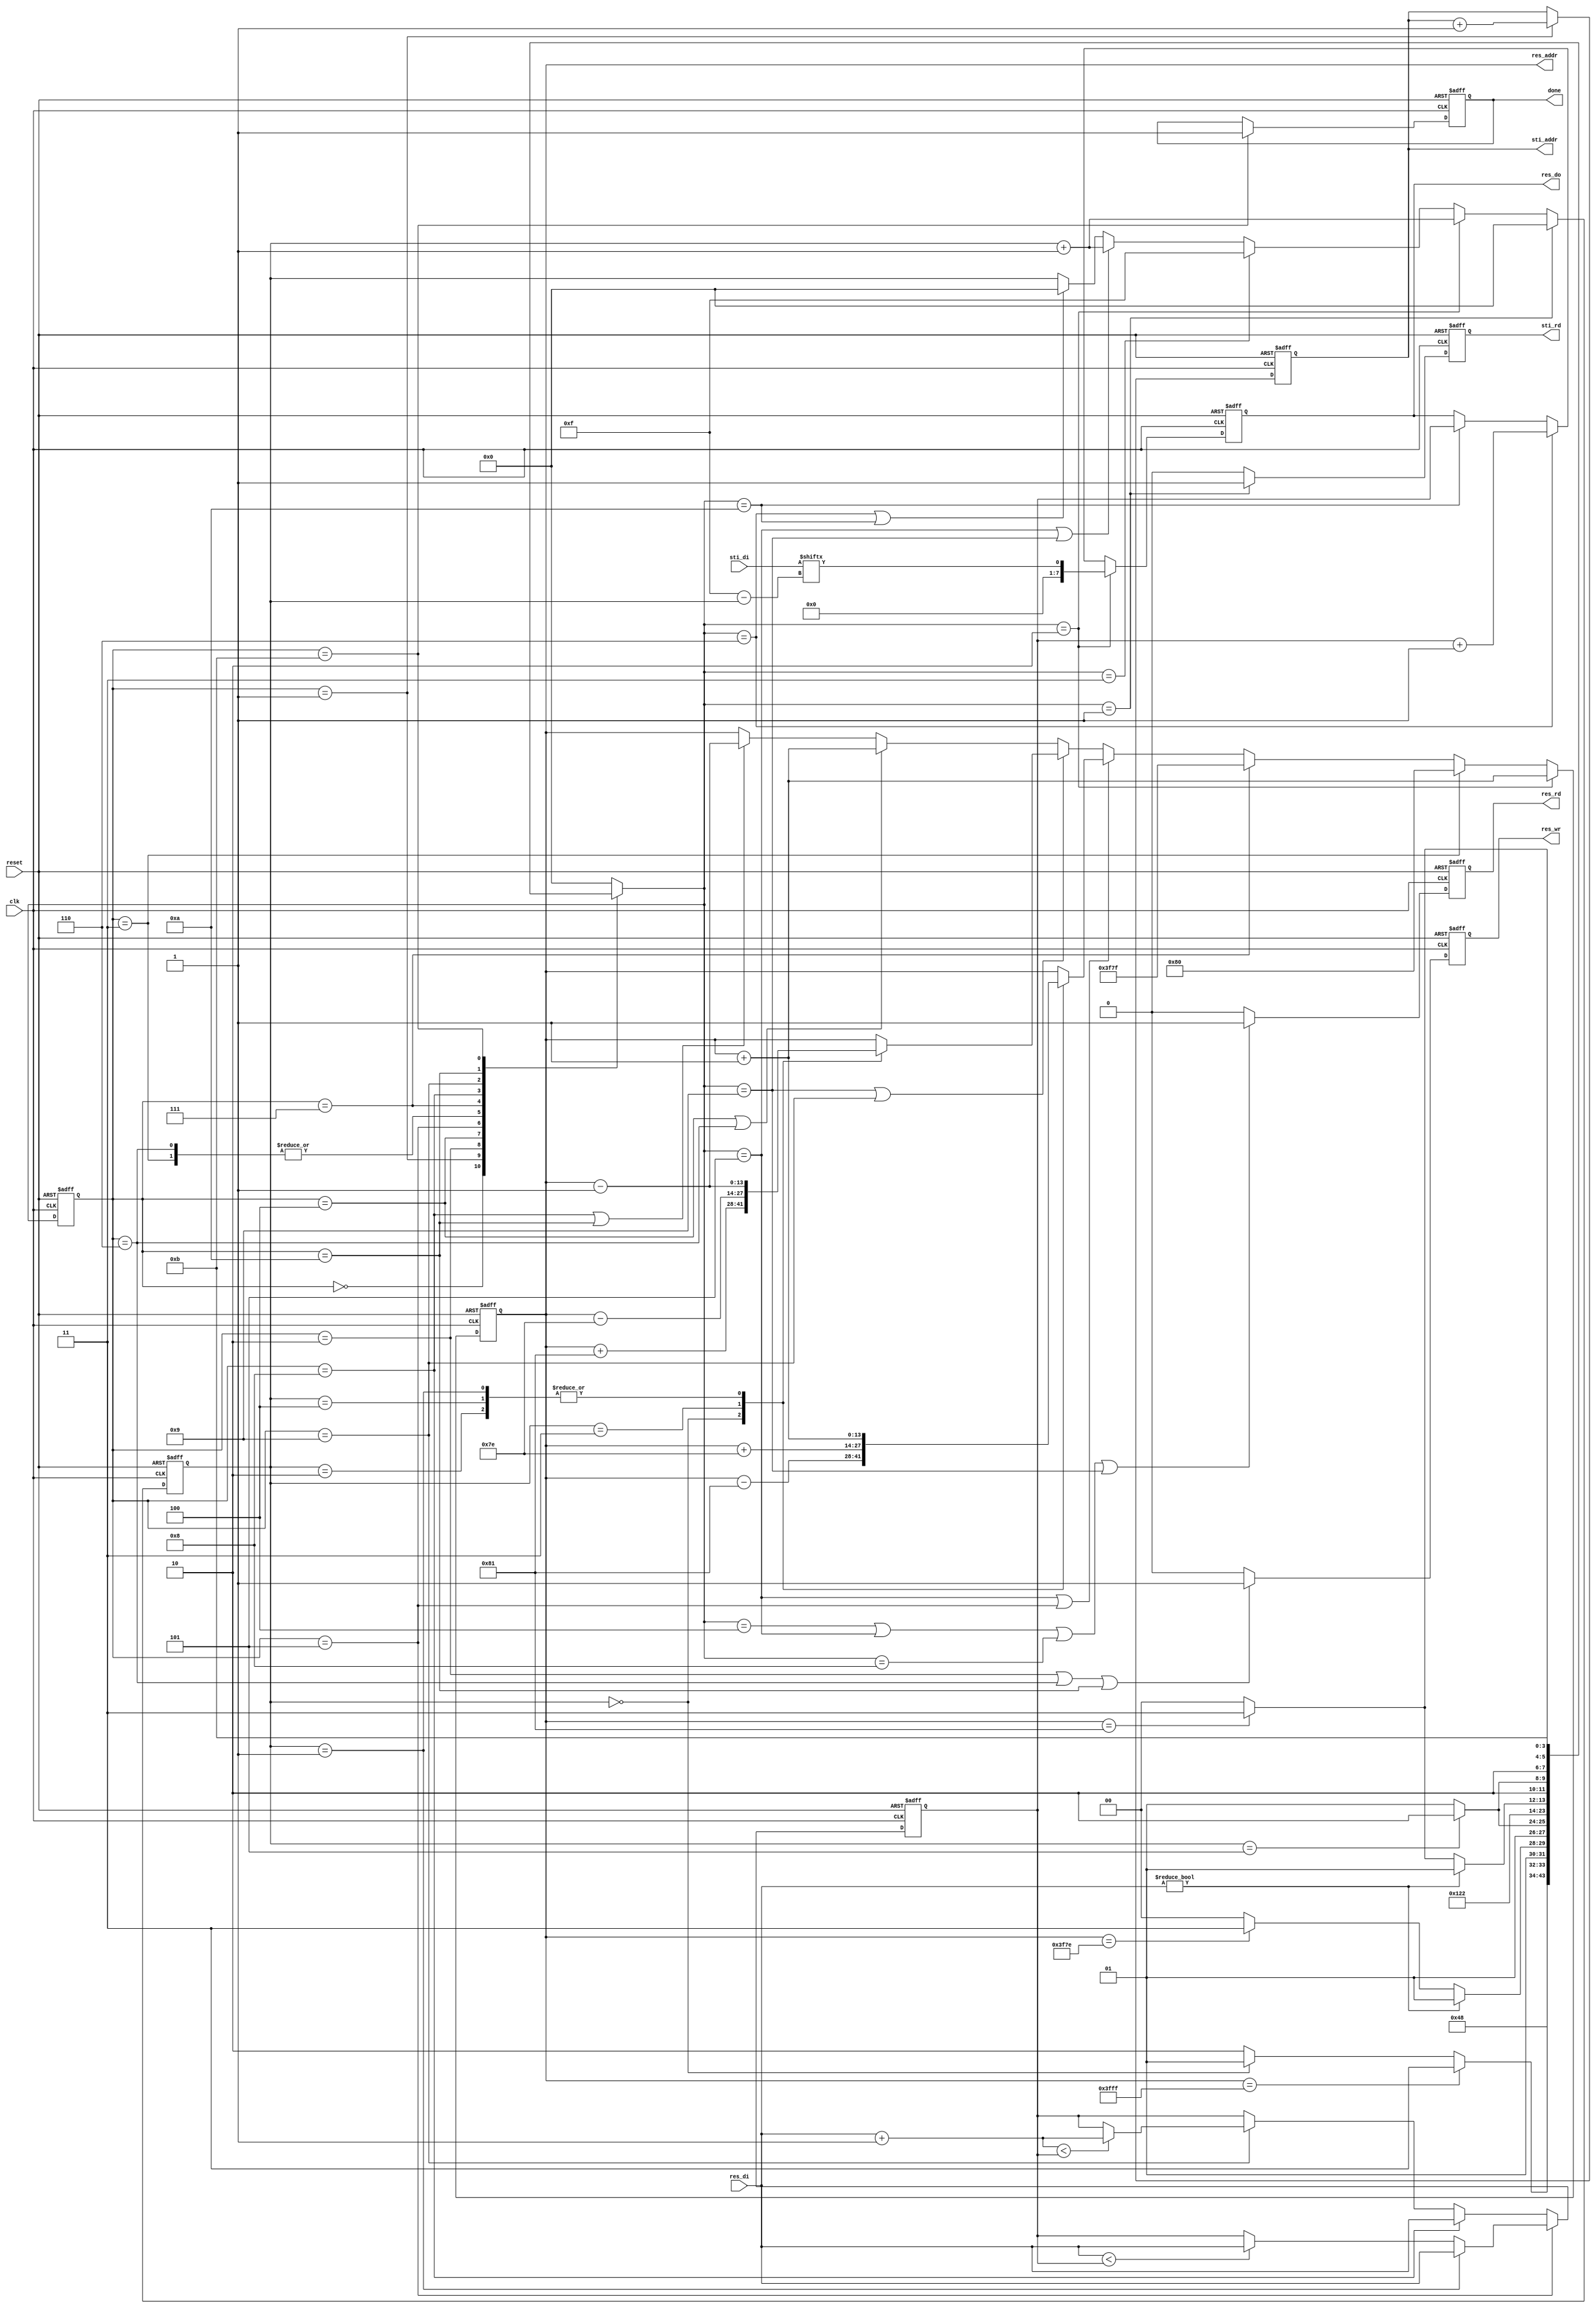
module DT(
	input 			clk, 
	input			reset,
	output	reg		done ,
	output	reg		sti_rd ,
	output	reg 	[9:0]	sti_addr ,
	input		[15:0]	sti_di,
	output	reg		res_wr ,
	output	reg		res_rd ,
	output	reg 	[13:0]	res_addr ,
	output	reg 	[7:0]	res_do,
	input		[7:0]	res_di
	);


//STATE
parameter	INIT = 4'd0;
parameter	INIT_READ = 4'd1; 
parameter	INIT_WRITE = 4'd2;
parameter	INIT_COMPLETED = 4'd3;
parameter	FORWARD_READ = 4'd4;
parameter	FORWARD_PASS = 4'd5;
parameter	FORWARD_WRITE = 4'd6;
parameter	FORWARD_COMPLETED = 4'd7;
parameter	BACKWARD_READ = 4'd8;
parameter	BACKWARD_PASS = 4'd9;
parameter	BACKWARD_WRITE = 4'd10;
parameter	FINISH = 4'd11;

reg [3:0]state;
reg [3:0]next_state;
reg [3:0]cnt;//ROM 16bits data counter

reg [7:0]min;

always@(posedge clk or negedge reset)
begin
	if(!reset) 
		state <= INIT;
	else 
		state <= next_state;
end


always@(*)
begin
	case(state)
		INIT:
		begin
			next_state=INIT_READ;
		end
		
        INIT_READ:
		begin
			next_state=INIT_WRITE;
		end
		
        INIT_WRITE: 
		begin
			if(res_addr == 14'd16383)
				next_state = INIT_COMPLETED;
			else if(cnt== 4'd0)
				next_state = INIT_READ;
			else
				next_state = INIT_WRITE;			
		end
		
        INIT_COMPLETED: 
		begin
			next_state = FORWARD_READ;
		end
		
        FORWARD_READ:
		begin
			if(res_di)
				next_state = FORWARD_PASS;
			else if(res_addr == 14'd16254)	//edge 16383-128-1
				next_state = FORWARD_COMPLETED;
			else 
				next_state = FORWARD_READ;
		
		end
		
        FORWARD_PASS: 
		begin
			if(cnt==4'd5)//window
				next_state = FORWARD_WRITE;
			else 
				next_state = FORWARD_PASS;
		end
		
        FORWARD_WRITE:
		begin
				next_state = FORWARD_READ;
		end
		
        FORWARD_COMPLETED:
		begin
			next_state = BACKWARD_READ;
		end
		
        BACKWARD_READ: 
		begin
			if(res_di)
				next_state = BACKWARD_PASS;
			else if(res_addr == 14'd129)	//edge 128+1
				next_state = FINISH;
			else 
				next_state = BACKWARD_READ;
		end
		
        BACKWARD_PASS:
		begin
			if(cnt==4'd5)//
				next_state = BACKWARD_WRITE;
			else 
				next_state = BACKWARD_PASS;
		end
		
        BACKWARD_WRITE: 
		begin
			if(res_addr == 14'd129)
				next_state = FINISH;
			else
				next_state = BACKWARD_READ;
		end
		
        FINISH:
		begin
			next_state = FINISH;
		end
		
		default:
			next_state = INIT;
		
	endcase
end


//sti_rd
always@(posedge clk or negedge reset)
begin
	if(!reset)
		sti_rd <= 1'd0;
	else if(next_state == INIT_READ)
		sti_rd <= 1'd1;
	else
		sti_rd <= 1'd0;
end

//sti_addr
always@(posedge clk or negedge reset)
begin
	if(!reset)
		sti_addr <= 10'd0;
	else if(state == INIT_READ)
		sti_addr <= sti_addr + 1'd1;
end

//res_rd
always@(posedge clk or negedge reset)
begin
	if(!reset)
		res_rd <= 1'b0;
	else if(next_state == FORWARD_READ || next_state == FORWARD_PASS || next_state == BACKWARD_READ || next_state == BACKWARD_PASS)
		res_rd <= 1'b1;
	else 
		res_rd <= 1'b0;	
end

//res_wr
always@(posedge clk or negedge reset)
begin		
	if(!reset)
		res_wr <= 1'b0;
	else if(state == INIT_WRITE || state == FORWARD_WRITE || state ==  BACKWARD_WRITE)
		res_wr <= 1'b1;
	else
		res_wr <= 1'b0;
end

//cnt
always@(posedge clk or negedge reset)
begin
	if(!reset)
		cnt <= 4'd0;
	else if(next_state == INIT_READ)
		cnt <= 4'd0;
	else if(next_state == INIT_WRITE)
		cnt <= cnt + 4'd1;
	else if(next_state == INIT_COMPLETED)
		cnt <= 4'd15;
	else if((next_state == FORWARD_PASS) || (next_state == BACKWARD_PASS))
		cnt <= cnt +4'd1;
	else if((next_state == FORWARD_WRITE) || (next_state == BACKWARD_WRITE))
		cnt <= 4'd0;
end

wire [13:0]NW_addr, N_addr, NE_addr, W_addr, Pf_addr;
assign NW_addr= res_addr - 14'd129;
assign N_addr = res_addr + 14'd1;
assign NE_addr= res_addr + 14'd1;		
assign W_addr = res_addr + 14'd126;
assign Pf_addr= res_addr + 14'd1;

wire [13:0]SE_addr, S_addr, SW_addr, E_addr, Pb_addr;
assign SE_addr= res_addr + 14'd129;
assign S_addr = res_addr - 14'd1;
assign SW_addr= res_addr - 14'd1;		
assign E_addr = res_addr - 14'd126;
assign Pb_addr= res_addr - 14'd1;





//res_addr
always@(posedge clk or negedge reset)
begin
	if(!reset)
		res_addr <= 14'd16383;

	else if(next_state == INIT_WRITE)
		res_addr <= res_addr+14'd1;
	else if(state == INIT_COMPLETED)
		res_addr <= 14'd128;
	else if(state == FORWARD_COMPLETED)
		res_addr <= 14'd16255;
		
	else if((next_state == FORWARD_PASS) || (state == FORWARD_PASS))
	begin
		case(cnt)
			4'd0: res_addr <= NW_addr;
			4'd1: res_addr <= N_addr ;
			4'd2: res_addr <= NE_addr;
			4'd3: res_addr <= W_addr ;
			4'd4: res_addr <= Pf_addr;
		endcase	
	end
	else if((next_state == BACKWARD_PASS)||(state == BACKWARD_PASS))
	begin
		case(cnt)
			4'd0: res_addr <= SE_addr;
			4'd1: res_addr <= S_addr ;
			4'd2: res_addr <= SW_addr;
			4'd3: res_addr <= E_addr ;
			4'd4: res_addr <= Pb_addr;
		endcase
	end
	else if((state == FORWARD_READ) || (state == FORWARD_WRITE))
		res_addr <= res_addr + 14'd1;
	else if((state == BACKWARD_READ) || (state == BACKWARD_WRITE))
		res_addr <= res_addr - 14'd1;	
	
end                          

//min
always@(posedge clk or negedge reset)
begin
	if(!reset)
		min <= 8'b0;
	else if(state == FORWARD_PASS)
	begin 
		if(cnt == 4'd1)//res_di output after next cnt
			min <= res_di;
		else if(res_di < min)
			min <= res_di;
	end
	
	else if(state == BACKWARD_READ)
		min <= res_di;
	else if(state == BACKWARD_PASS)
		if((res_di+8'd1) < min)
			min <= res_di+8'd1;
end

//res_do
always@(posedge clk or negedge reset)
begin
	if(!reset)
		res_do <= 8'd0;
	else if(next_state == INIT_WRITE)
		res_do <= sti_di[15-cnt];
	else if(next_state == FORWARD_WRITE) 
		res_do <= min + 8'd1;
	else if(next_state == BACKWARD_WRITE)
		res_do <= min;	
end

//done
always@(posedge clk or negedge reset)
begin
	if(!reset)
		done <= 1'b0;
	else if(state == FINISH)
		done <= 1'b1;	
end

endmodule